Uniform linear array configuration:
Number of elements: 24
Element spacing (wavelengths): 0.75
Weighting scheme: kaiser
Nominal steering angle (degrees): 45
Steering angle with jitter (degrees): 44.443
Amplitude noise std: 0.05
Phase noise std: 0.05

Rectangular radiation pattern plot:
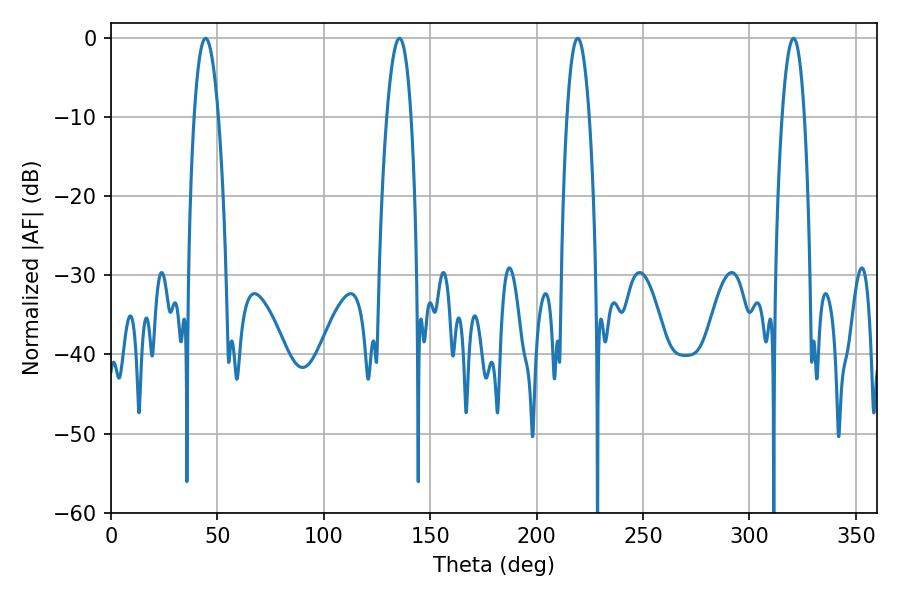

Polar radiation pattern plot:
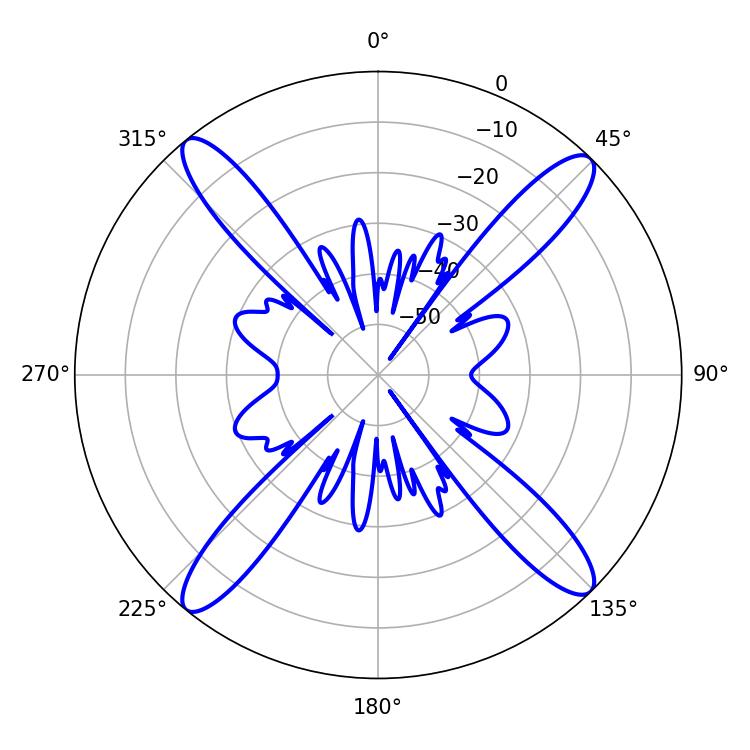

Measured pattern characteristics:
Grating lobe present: TRUE
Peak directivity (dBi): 18.581
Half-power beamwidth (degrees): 6.3
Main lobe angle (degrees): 44.46